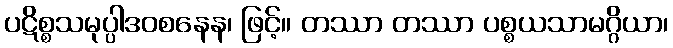
ပဋိစ္စသမုပ္ပါဒဝစနေန၊ ဖြင့်။ တဿာ တဿာ ပစ္စယသာမဂ္ဂိယာ၊